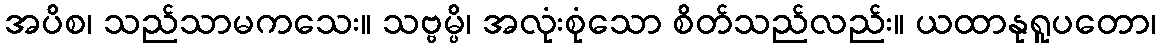
အပိစ၊ သည်သာမကသေး။ သဗ္ဗမ္ပိ၊ အလုံးစုံသော စိတ်သည်လည်း။ ယထာနုရူပတော၊